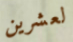
لعشرين